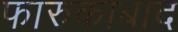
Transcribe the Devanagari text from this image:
फारुकाबाद